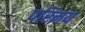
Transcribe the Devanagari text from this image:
परिमय